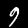
Digit: 9